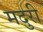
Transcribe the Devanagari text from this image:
मदुरी